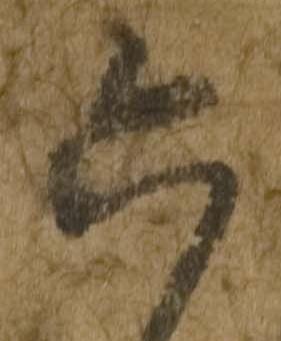
六